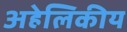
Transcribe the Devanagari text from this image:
अहेलिकीय